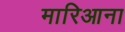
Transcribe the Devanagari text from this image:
मारिआना